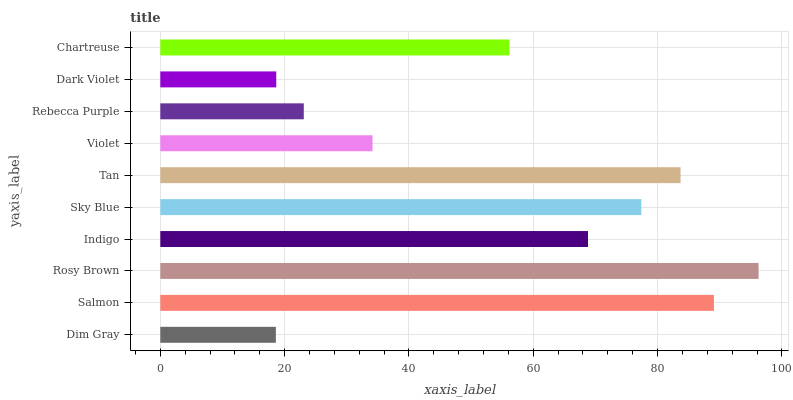
| yaxis_label | bars |
 | --- | --- |
 | Dim Gray | 18.6 |
 | Salmon | 89.1 |
 | Rosy Brown | 96.3 |
 | Indigo | 68.8 |
 | Sky Blue | 77.4 |
 | Tan | 83.7 |
 | Violet | 34.1 |
 | Rebecca Purple | 23.1 |
 | Dark Violet | 18.7 |
 | Chartreuse | 56.2 |